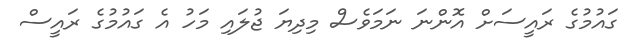
ގައުމުގެ ރައީސަށް އޮންނަ ނަމަވެސް މިދިޔަ ޖުލައި މަހު އެ ގައުމުގެ ރައީސް